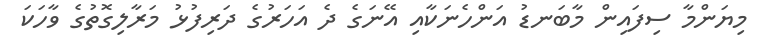
މިޔަންމާ ސިފައިން މާބަނޑު އަންހެނަކާއި އޭނަގެ ދެ އަހަރުގެ ދަރިފުޅު މަރާލިގޮތުގެ ވާހަކަ